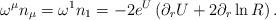
LaTeX: \begin{align*}\omega^{\mu}n_{\mu}=\omega^{1}n_{1}=-2e^{U}\left (\partial_{r} U+2\partial_{r} \ln R \right).\end{align*}